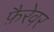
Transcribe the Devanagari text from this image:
फ़ैरेवर